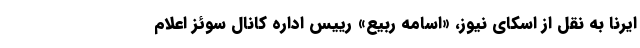
ایرنا به نقل از اسکای نیوز، «اسامه ربیع» رییس اداره کانال سوئز اعلام